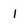
Character: 1